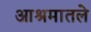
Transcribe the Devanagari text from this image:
आश्रमातले